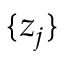
\{ z _ { j } \}